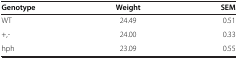
| Genotype | Weight | SEM |
 | --- | --- | --- |
 | WT | 24.49 | 0.51 |
 | +,- | 24.00 | 0.33 |
 | hph | 23.09 | 0.55 |